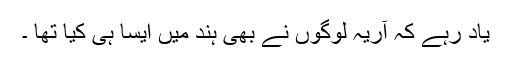
یاد رہے کہ آریہ لوگوں نے بھی ہند میں ایسا ہی کیا تھا ۔